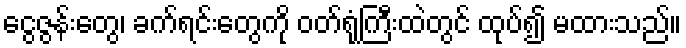
ငွေဇွန်းတွေ၊ ခက်ရင်းတွေကို ဝတ်ရုံကြီးထဲတွင် ထုပ်၍ မထားသည်။